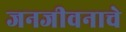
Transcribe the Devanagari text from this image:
जनजीवनाचे